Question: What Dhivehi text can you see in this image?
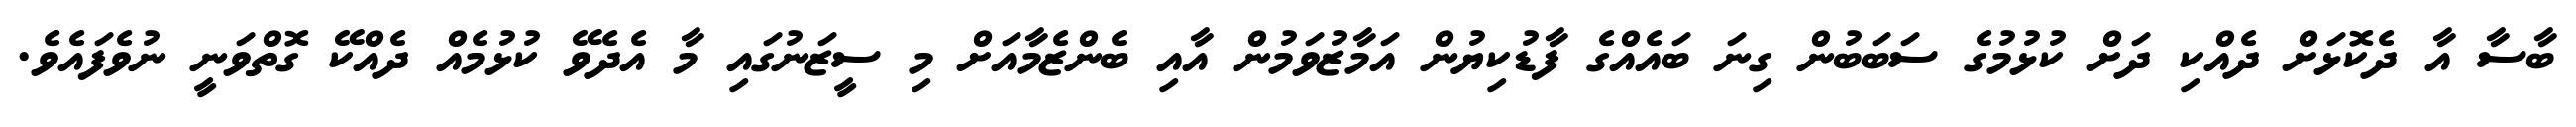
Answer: ބާސާ އާ ދެކޮޅަށް ދެއްކި ދަށް ކުޅުމުގެ ސަބަބުން ގިނަ ބައެއްގެ ފާޑުކިޔުން އަމާޒުވަމުން އާއި ބެންޒެމާއަށް މި ސީޒަނުގައި މާ އެދެވޭ ކުޅުމެއް ދެއްކޭ ގޮތްވަނީ ނުވެފައެވެ.